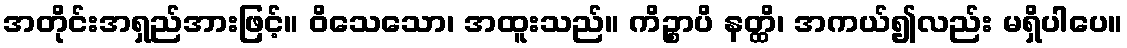
အတိုင်းအရှည်အားဖြင့်။ ဝိသေသော၊ အထူးသည်။ ကိဉ္စာပိ နတ္ထိ၊ အကယ်၍လည်း မရှိပါပေ။